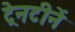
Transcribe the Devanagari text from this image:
ट्रेनटीनें